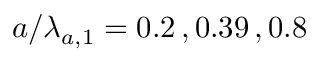
a / \lambda _ { a , 1 } = 0 . 2 \, , 0 . 3 9 \, , 0 . 8